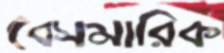
বেসমারিক